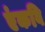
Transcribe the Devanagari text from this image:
एंकवि